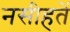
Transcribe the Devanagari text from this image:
नसीहतें